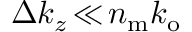
\Delta k _ { z } \! \ll \! n _ { \mathrm { m } } k _ { \mathrm { o } }